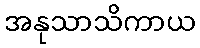
အနုသာသိကာယ